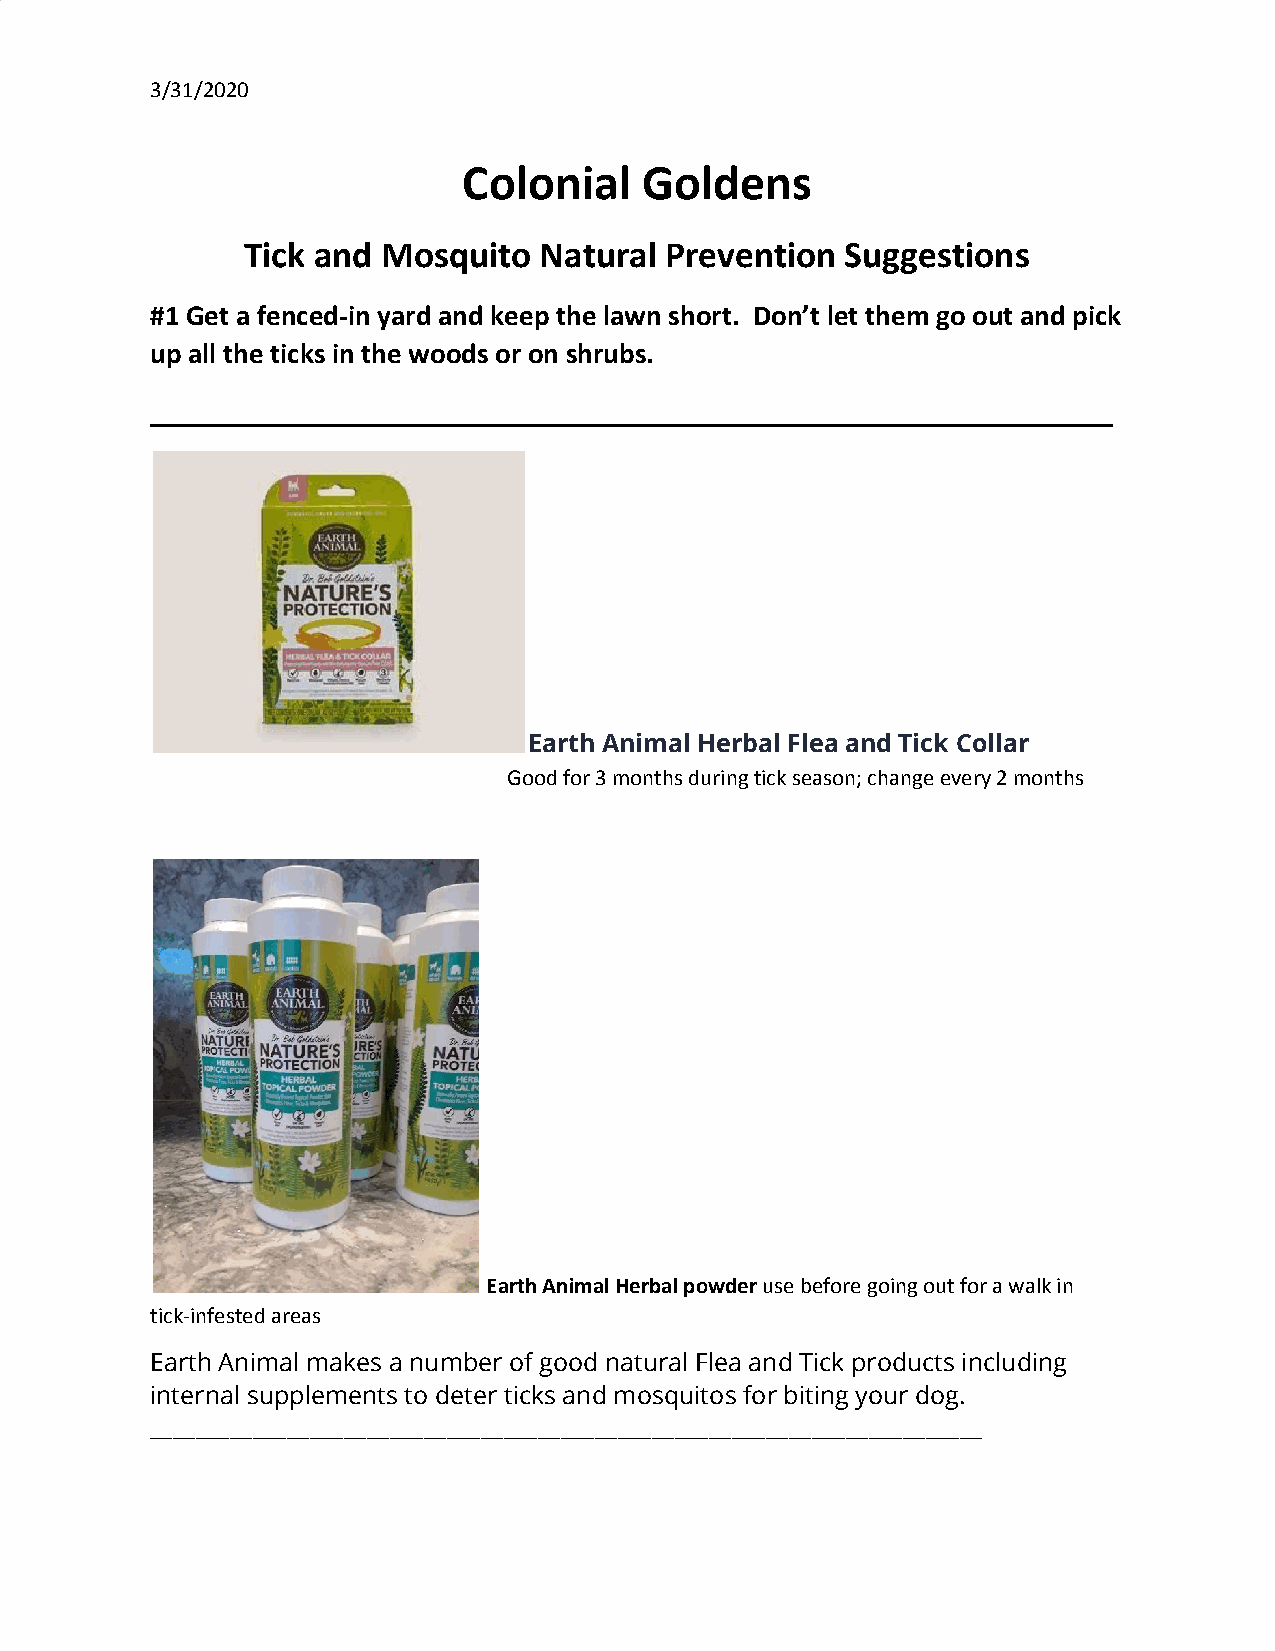
3/31/2020
 Colonial    Goldens
 Tick and Mosquito   Natural Prevention  Suggestions
 #1 Get a fenced-in yard and keep the lawn short. Don’t let them go out and pick
 up all the ticks in the woods or on shrubs.
 __________________________________________________________
 Earth Animal Herbal Flea and Tick Collar
 Good for 3 months during tick season; change every 2 months
 Earth Animal Herbal powder use before going out for a walk in
 ​                 ​
 tick-infested areas
 Earth Animal makes a number of good natural Flea and Tick products including
 internal supplements to deter ticks and mosquitos for biting your dog.
 _________________________________________________________________________